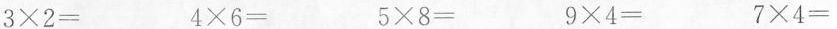
$$3\times 2=$$ $$4\times 6=$$ $$5\times 8=$$ $$9\times 4=$$ $$7\times 4=$$